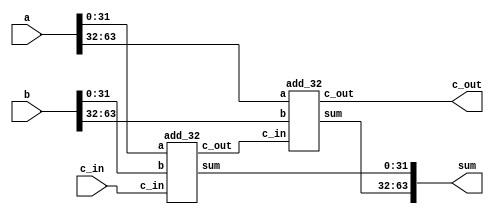
module addercat(
    output[63:0] sum,
    output c_out,
    input[63:0] a,
    input[63:0] b,
    input c_in
);

wire c_in32;

add_32 a0 (sum[31:0], c_in32, a[31:0], b[31:0], c_in);
add_32 a1 (sum[63:32], c_out, a[63:32], b[63:32], c_in32);

endmodule



module add_32(
    output [31:0] sum,
    output c_out,
    input [31:0] a,
    input [31:0] b,
    input c_in
);

wire c_in16;

add_16 a0 (sum[15:0], c_in16, a[15:0], b[15:0], c_in);
add_16 a1 (sum[31:16], c_out, a[31:16], b[31:16], c_in16);

endmodule

module add_16(
    output [15:0] sum,
    output c_out,
    input [15:0] a,
    input [15:0] b,
    input c_in
);

wire c_in4, c_in8, c_in12;

add_4 a0 (sum[3:0], c_in4, a[3:0], b[3:0], c_in);
add_4 a1 (sum[7:4], c_in8, a[7:4], b[7:4], c_in4);
add_4 a2 (sum[11:8], c_in12, a[11:8], b[11:8], c_in8);
add_4 a3 (sum[15:12], c_out, a[15:12], b[15:12], c_in12);
endmodule

module add_4(
output[3:0] sum,
output c_out,
input[3:0] a,
input[3:0] b,
input c_in
);

wire c_in2, c_in3, c_in4;

full_add fa0 (sum[0], c_in2, a[0], b[0], c_in);
full_add fa1 (sum[1], c_in3, a[1], b[1], c_in2);
full_add fa2 (sum[2], c_in4, a[2], b[2], c_in3);
full_add fa3 (sum[3], c_out, a[3], b[3], c_in4);

endmodule

module full_add(
    output sum,
    output c_out,
    input a,
    input b,
    input c_in
    );
    wire w1,w2,w3;
    half_add m1(w1,w2,a,b);
    half_add m2(sum,w3,c_in,w1);
    or(c_out,w2,w3);

endmodule

module half_add(
    output sum,
    output c_out,
    input a,
    input b
    );

    xor (sum,a,b);
    and (c_out,a,b);

endmodule